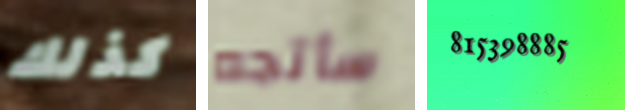
كذلك سأتجه 815398885